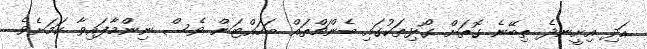
އަދި އިށީނދެ ތިބޭނެ ގޮތަށް ގޯޅިތަކުގައި ބެންޗްތައް ބަހައްޓަން ވެސް ނިންމާފައިވާ ކަމަށެވެ.